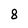
Character: 8